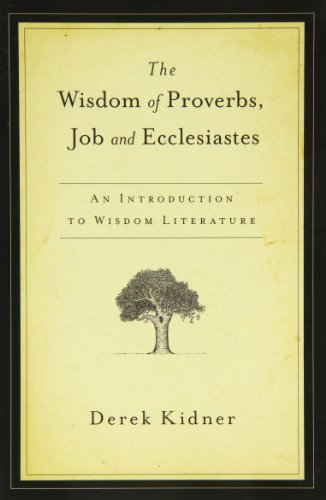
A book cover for The Wisdom of Proverbs, Job  Ecclesiastes; Derek Kidner; Christian Books & Bibles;